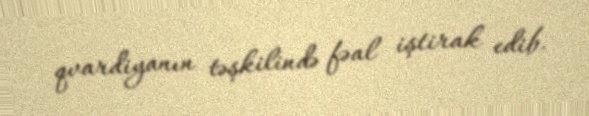
qvardiyanın təşkilində fəal iştirak edib.